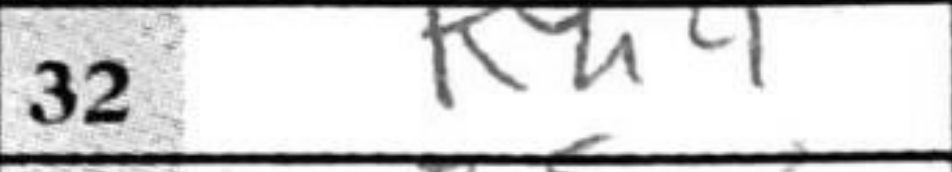
Transcription: Kh4